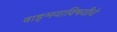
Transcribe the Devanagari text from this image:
वाङ्‌मयाविषयीचे